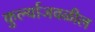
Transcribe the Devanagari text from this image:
कुर्ल्याजवळील